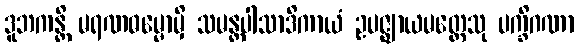
ဒူဘကန္တိ မရဏဓမ္မောမှိ သမန္တပါသာဒိကာယံ ဥပဇ္ဈာယမတ္တေသု ပက္ခိဂဏာ